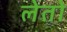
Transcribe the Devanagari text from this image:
लेतो